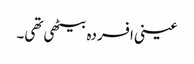
عینی افسردہ بیٹھی تھی۔